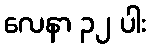
လေနာ ၃၂ ပါး